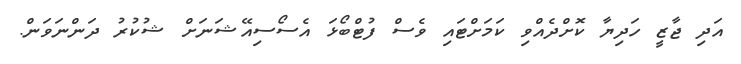
އަދި ޖާޒީ ހަދިޔާ ކޮށްދެއްވި ކަމަށްޓައި ވެސް ފުޓްބޯޅަ އެސޯސިއޭޝަނަށް ޝުކުރު ދަންނަވަން.